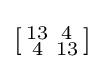
\left[{\begin{smallmatrix}13&4\\4&13\\\end{smallmatrix}}\right]